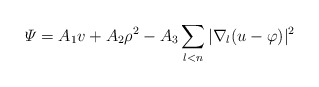
\begin{align*} \varPsi = A_1 v + A_2 \rho^2 - A_3 \sum_{l< n} |\nabla_l (u - \varphi)|^2 \end{align*}